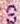
S